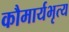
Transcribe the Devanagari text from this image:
कौमार्यभृत्य